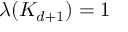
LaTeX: \lambda ( K _ { d + 1 } ) = 1